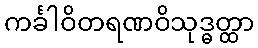
ကင်္ခါဝိတရဏဝိသုဒ္ဓတ္ထာ